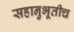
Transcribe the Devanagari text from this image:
सहानुभूतीच